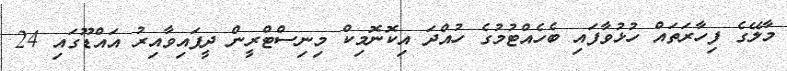
މާލޭގެ ފިހާރަތައް ހުޅުވާފައި ބެހެއްޓުމުގެ ހުއްދަ އިކޮނޮމިކް މިނިސްޓްރީން ދީފައިވާއިރު އައްޑޫގައި 24